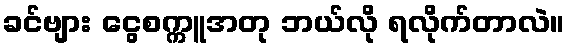
ခင်ဗျား ငွေစက္ကူအတု ဘယ်လို ရလိုက်တာလဲ။